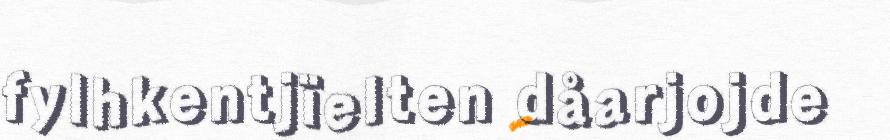
fylhkentjïelten dåarjojde